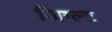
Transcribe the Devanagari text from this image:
जिग्ल्ट